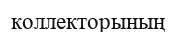
коллекторының